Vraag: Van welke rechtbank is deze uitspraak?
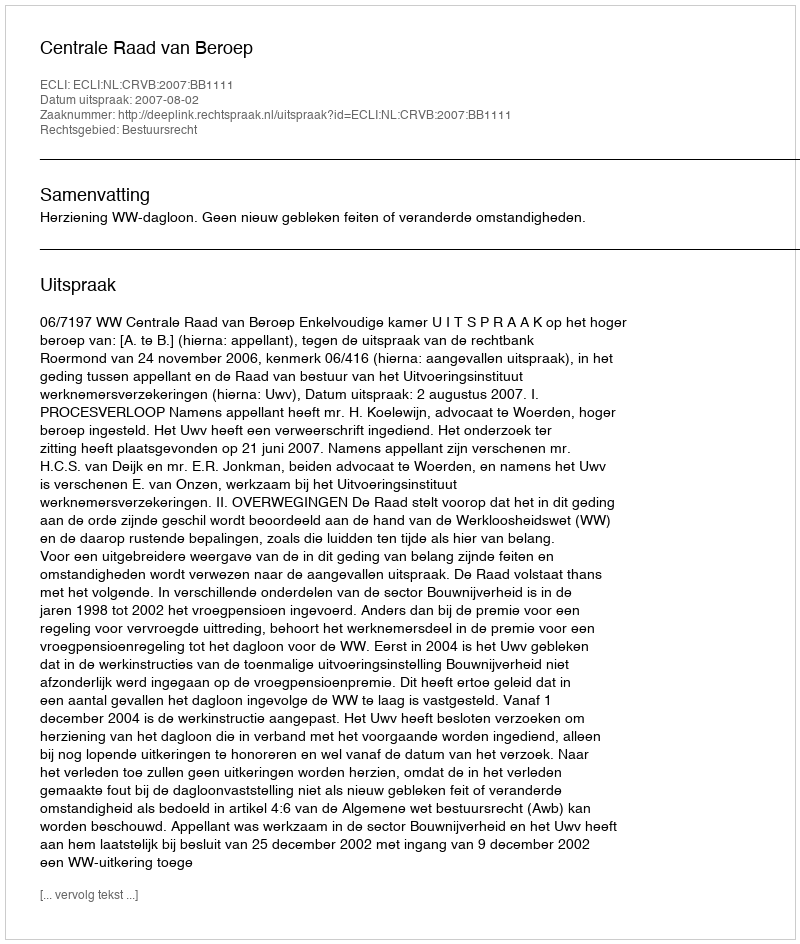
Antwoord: Centrale Raad van Beroep